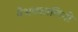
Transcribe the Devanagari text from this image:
वैभवशालिनी